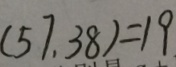
( 5 7 , 3 8 ) = 1 9